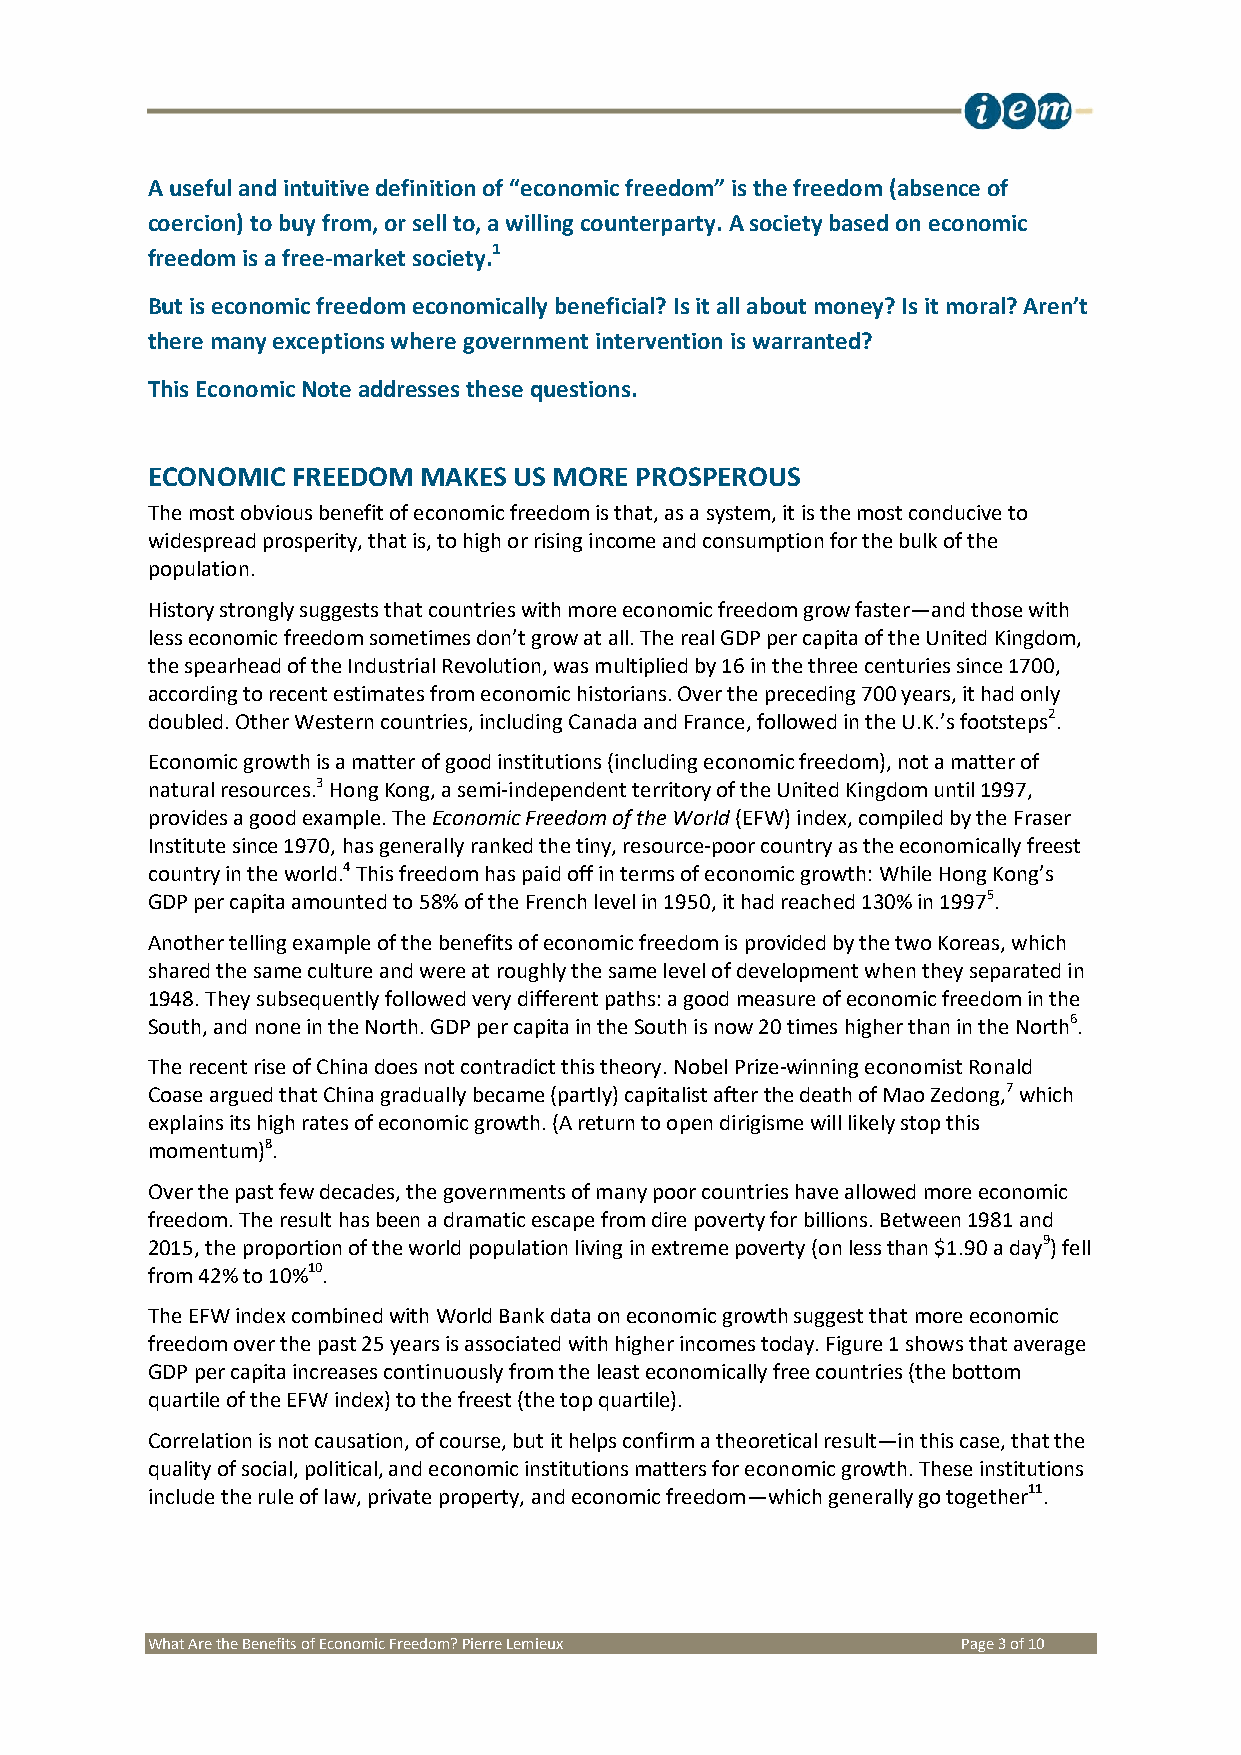
A useful and intuitive definition of “economic freedom” is the freedom (absence of
 coercion) to buy from, or sell to, a willing counterparty. A society based on economic
 freedom is a free-market society.1
 But is economic freedom economically beneficial? Is it all about money? Is it moral? Aren’t
 there many exceptions where government intervention is warranted?
 This Economic Note addresses these questions.
 ECONOMIC FREEDOM  MAKES US MORE PROSPEROUS
 The most obvious benefit of economic freedom is that, as a system, it is the most conducive to
 widespread prosperity, that is, to high or rising income and consumption for the bulk of the
 population.
 History strongly suggests that countries with more economic freedom grow faster—and those with
 less economic freedom sometimes don’t grow at all. The real GDP per capita of the United Kingdom,
 the spearhead of the Industrial Revolution, was multiplied by 16 in the three centuries since 1700,
 according to recent estimates from economic historians. Over the preceding 700 years, it had only
 doubled. Other Western countries, including Canada and France, followed in the U.K.’s footsteps2.
 Economic growth is a matter of good institutions (including economic freedom), not a matter of
 natural resources.3 Hong Kong, a semi-independent territory of the United Kingdom until 1997,
 provides a good example. The Economic Freedom of the World (EFW) index, compiled by the Fraser
 Institute since 1970, has generally ranked the tiny, resource-poor country as the economically freest
 country in the world.4 This freedom has paid off in terms of economic growth: While Hong Kong’s
 GDP per capita amounted to 58% of the French level in 1950, it had reached 130% in 19975.
 Another telling example of the benefits of economic freedom is provided by the two Koreas, which
 shared the same culture and were at roughly the same level of development when they separated in
 1948. They subsequently followed very different paths: a good measure of economic freedom in the
 South, and none in the North. GDP per capita in the South is now 20 times higher than in the North6.
 The recent rise of China does not contradict this theory. Nobel Prize-winning economist Ronald
 Coase argued that China gradually became (partly) capitalist after the death of Mao Zedong,7 which
 explains its high rates of economic growth. (A return to open dirigisme will likely stop this
 momentum)8.
 Over the past few decades, the governments of many poor countries have allowed more economic
 freedom. The result has been a dramatic escape from dire poverty for billions. Between 1981 and
 2015, the proportion of the world population living in extreme poverty (on less than $1.90 a day9) fell
 from 42% to 10%10.
 The EFW index combined with World Bank data on economic growth suggest that more economic
 freedom over the past 25 years is associated with higher incomes today. Figure 1 shows that average
 GDP per capita increases continuously from the least economically free countries (the bottom
 quartile of the EFW index) to the freest (the top quartile).
 Correlation is not causation, of course, but it helps confirm a theoretical result—in this case, that the
 quality of social, political, and economic institutions matters for economic growth. These institutions
 include the rule of law, private property, and economic freedom—which generally go together11.
 What Are the Benefits of Economic Freedom? Pierre Lemieux Page 3 of 10